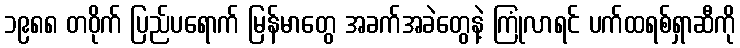
၁၉၈၈ တဝိုက် ပြည်ပရောက် မြန်မာတွေ အခက်အခဲတွေနဲ့ ကြုံလာရင် ပက်ထရစ်ရှာဆီကို